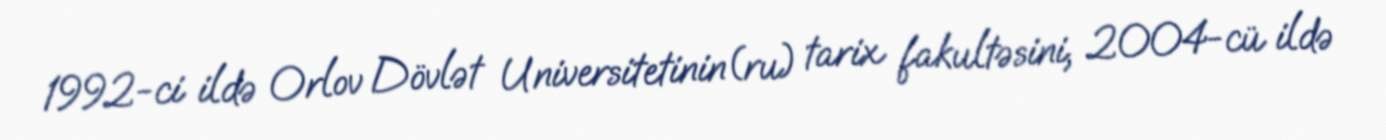
1992-ci ildə Orlov Dövlət Universitetinin(ru) tarix fakultəsini, 2004-cü ildə